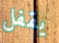
يقفل